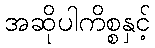
အဆိုပါကိစ္စနှင့်